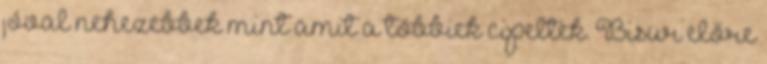
jóval nehezebbek mint amit a többiek cipeltek. Bisur előre